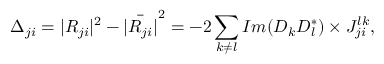
\Delta _ { j i } = | R _ { j i } | ^ { 2 } - \bar { | R _ { j i } | } ^ { 2 } = - 2 \sum _ { k \neq l } I m ( D _ { k } D _ { l } ^ { \ast } ) \times J _ { j i } ^ { l k } ,